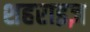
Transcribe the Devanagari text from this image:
शहराइज़